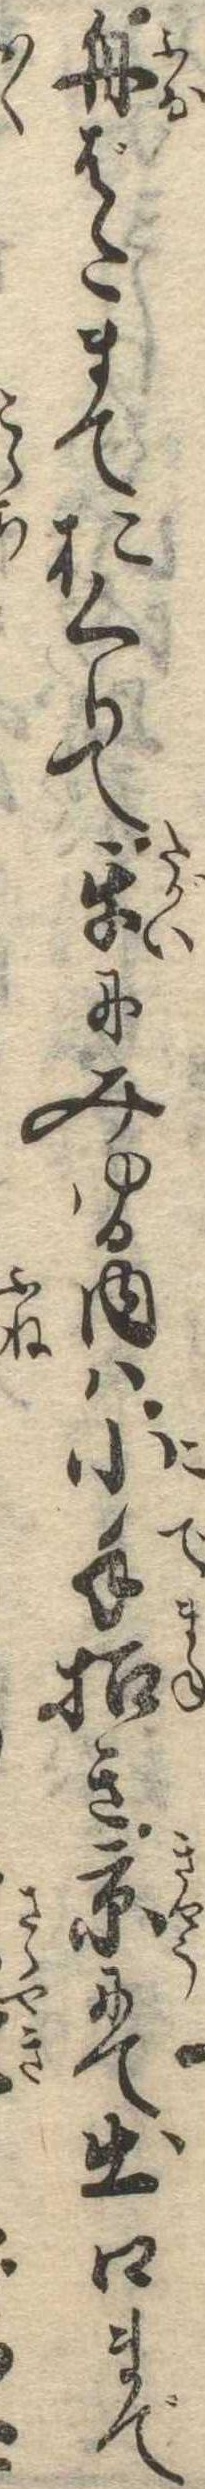
舟ばたまておくりて互にみゆる内は小手招き京にて出口まで